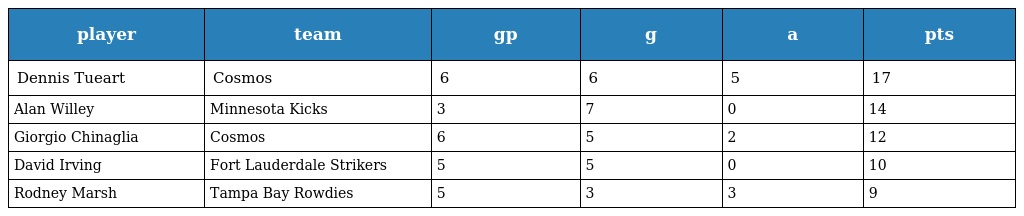
| player | team | gp | g | a | pts |
 | --- | --- | --- | --- | --- | --- |
 | Dennis Tueart | Cosmos | 6 | 6 | 5 | 17 |
 | Alan Willey | Minnesota Kicks | 3 | 7 | 0 | 14 |
 | Giorgio Chinaglia | Cosmos | 6 | 5 | 2 | 12 |
 | David Irving | Fort Lauderdale Strikers | 5 | 5 | 0 | 10 |
 | Rodney Marsh | Tampa Bay Rowdies | 5 | 3 | 3 | 9 |